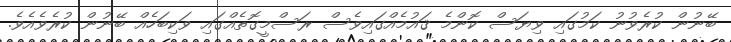
ބޭނުން ކުރެވުނު ކަމުގައި ވިޔަސް ކޮންމެ ޤައުމެއްގައިވެސް ރަސްމީގޮތެއްގައި ވަކިބަހެއް ބޭނުން ކުރެވެއެވެ.